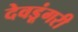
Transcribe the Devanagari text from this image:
देवडूंगरी